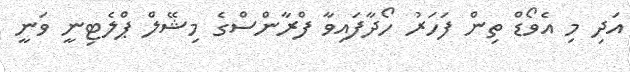
އަދި މި އެވޯޑް ތިން ފަހަރު ހޯދާފައިވާ ފްރާންސްގެ މިޝޭލް ޕްލެޓިނީ ވަނީ